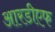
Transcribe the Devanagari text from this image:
आरडीएफ